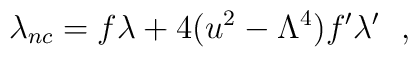
\lambda_{nc}=f\lambda+4(u^2-\Lambda^4)f'\lambda'\ \ ,